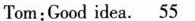
Tom:Good idea. \underline{55}